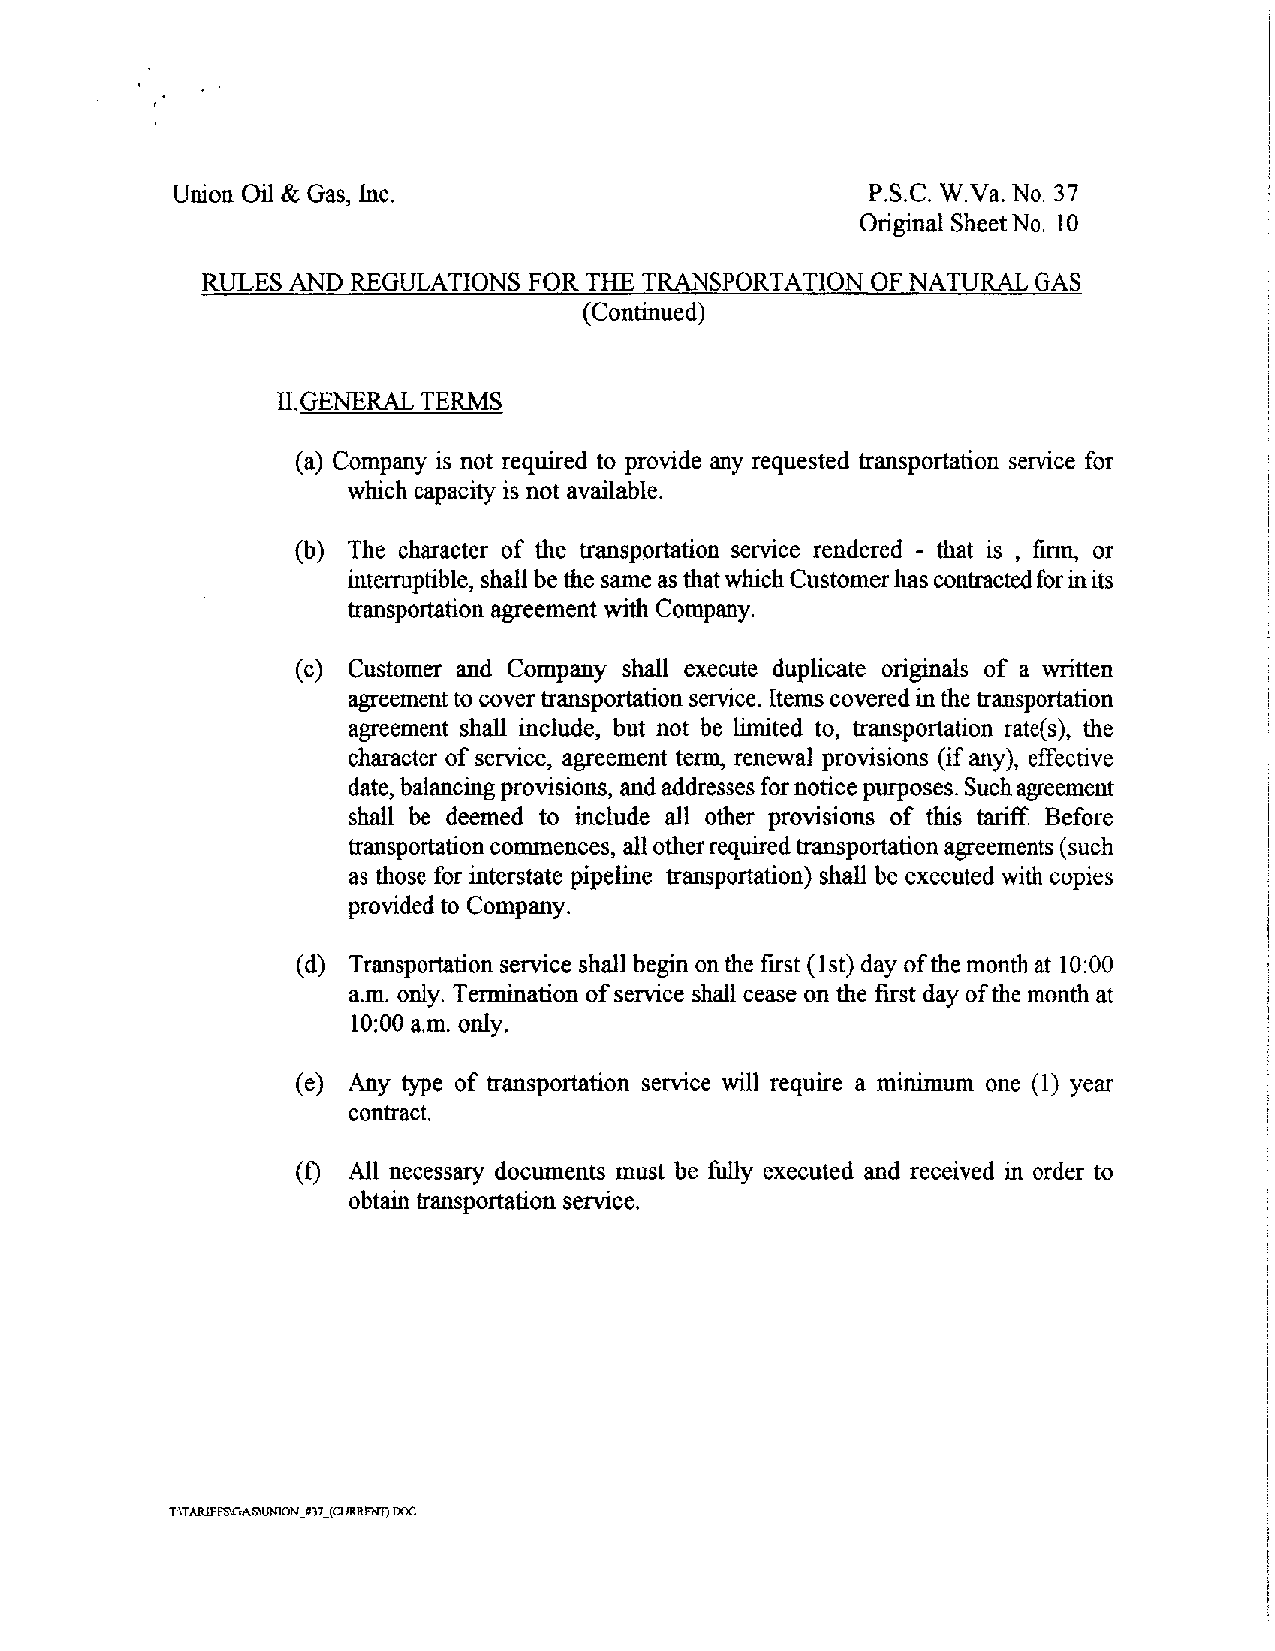
Union Oil&Gas, Inc.                           P.S.C. W.Va.No. 37
 OriginalSheetNo. 10
 RULESAND  REGULATIONS FORTHETRANSPORTATIONOFNATURALGAS
 (Continued)
 IIGENERALTERMS
 (a) Company is not required to provide any requested transportation service for
 which capacity is not available.
 -
 (b) The character of the transportation service rendered that is , firm, or
 interruptible,shallbethesameasthatwhichCustomerhascontractedforinits
 transportation agreement with Company.
 (c) Customer and Company shall execute duplicate originals of a written
 agreementtocovertransportationservice. Itemscoveredinthetransportation
 agreement shall include, but not be limited to, transportation rate(s), the
 character of service, agreement term, renewal provisions (if any), effective
 date,balancingprovisions,andaddressesfornoticepurposes.Suchagreement
 shall be deemed to include all other provisions of this tariff. Before
 transportationcommences,allotherrequiredtransportationagreements(such
 as those for interstate pipeline transportation)shall beexecuted with copies
 provided toCompany.
 (d) Transportationserviceshall beginonthefirst (1st)dayofthemonthat10:00
 a.m.only. Termination ofservice shall ceaseon thefirstdayof themonth at
 10:00a.m.only.
 (e) Any type of transportation service will require a minimum one (1) year
 contract.
 (f) All necessary documents must be fully executed and received in order to
 obtain transportationservice.
 _
 T:\TARIFFS\GAS\UN]ON«7JCURRENDDOC